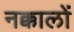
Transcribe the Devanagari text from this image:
नक्कालों